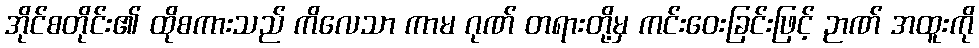
အိုင်စတိုင်း၏ ထိုစကားသည် ကိလေသာ ကာမ ဂုဏ် တရားတို့မှ ကင်းဝေးခြင်းဖြင့် ဉာဏ် အထူးကို